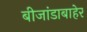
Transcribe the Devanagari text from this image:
बीजांडाबाहेर